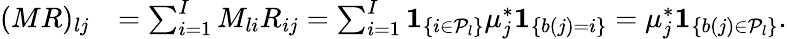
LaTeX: \begin{array}{rl}{(MR)_{lj}}&{=\sum_{i=1}^{I}M_{li}R_{ij}=\sum_{i=1}^{I}\mathbf{1}_{\left\{ i\in\mathcal{P}_{l}\right\} }\mu_{j}^{*}\mathbf{1}_{\left\{ b(j)=i\right\} }=\mu_{j}^{*}\mathbf{1}_{\left\{ b(j)\in\mathcal{P}_{l}\right\} }.}\end{array}